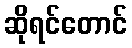
ဆိုရင်တောင်